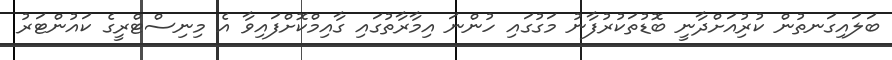
ބަލައިގަނތުން ކުރުިއަށްދާނީ ބޮޑުތަކުރުފާނު މަގުގައި ހުންނަ އިމާރާތުގައި ގާއިމްކޮށްފައިވާ އެ މިނިސްޓްރީގެ ކައުންޓަރު